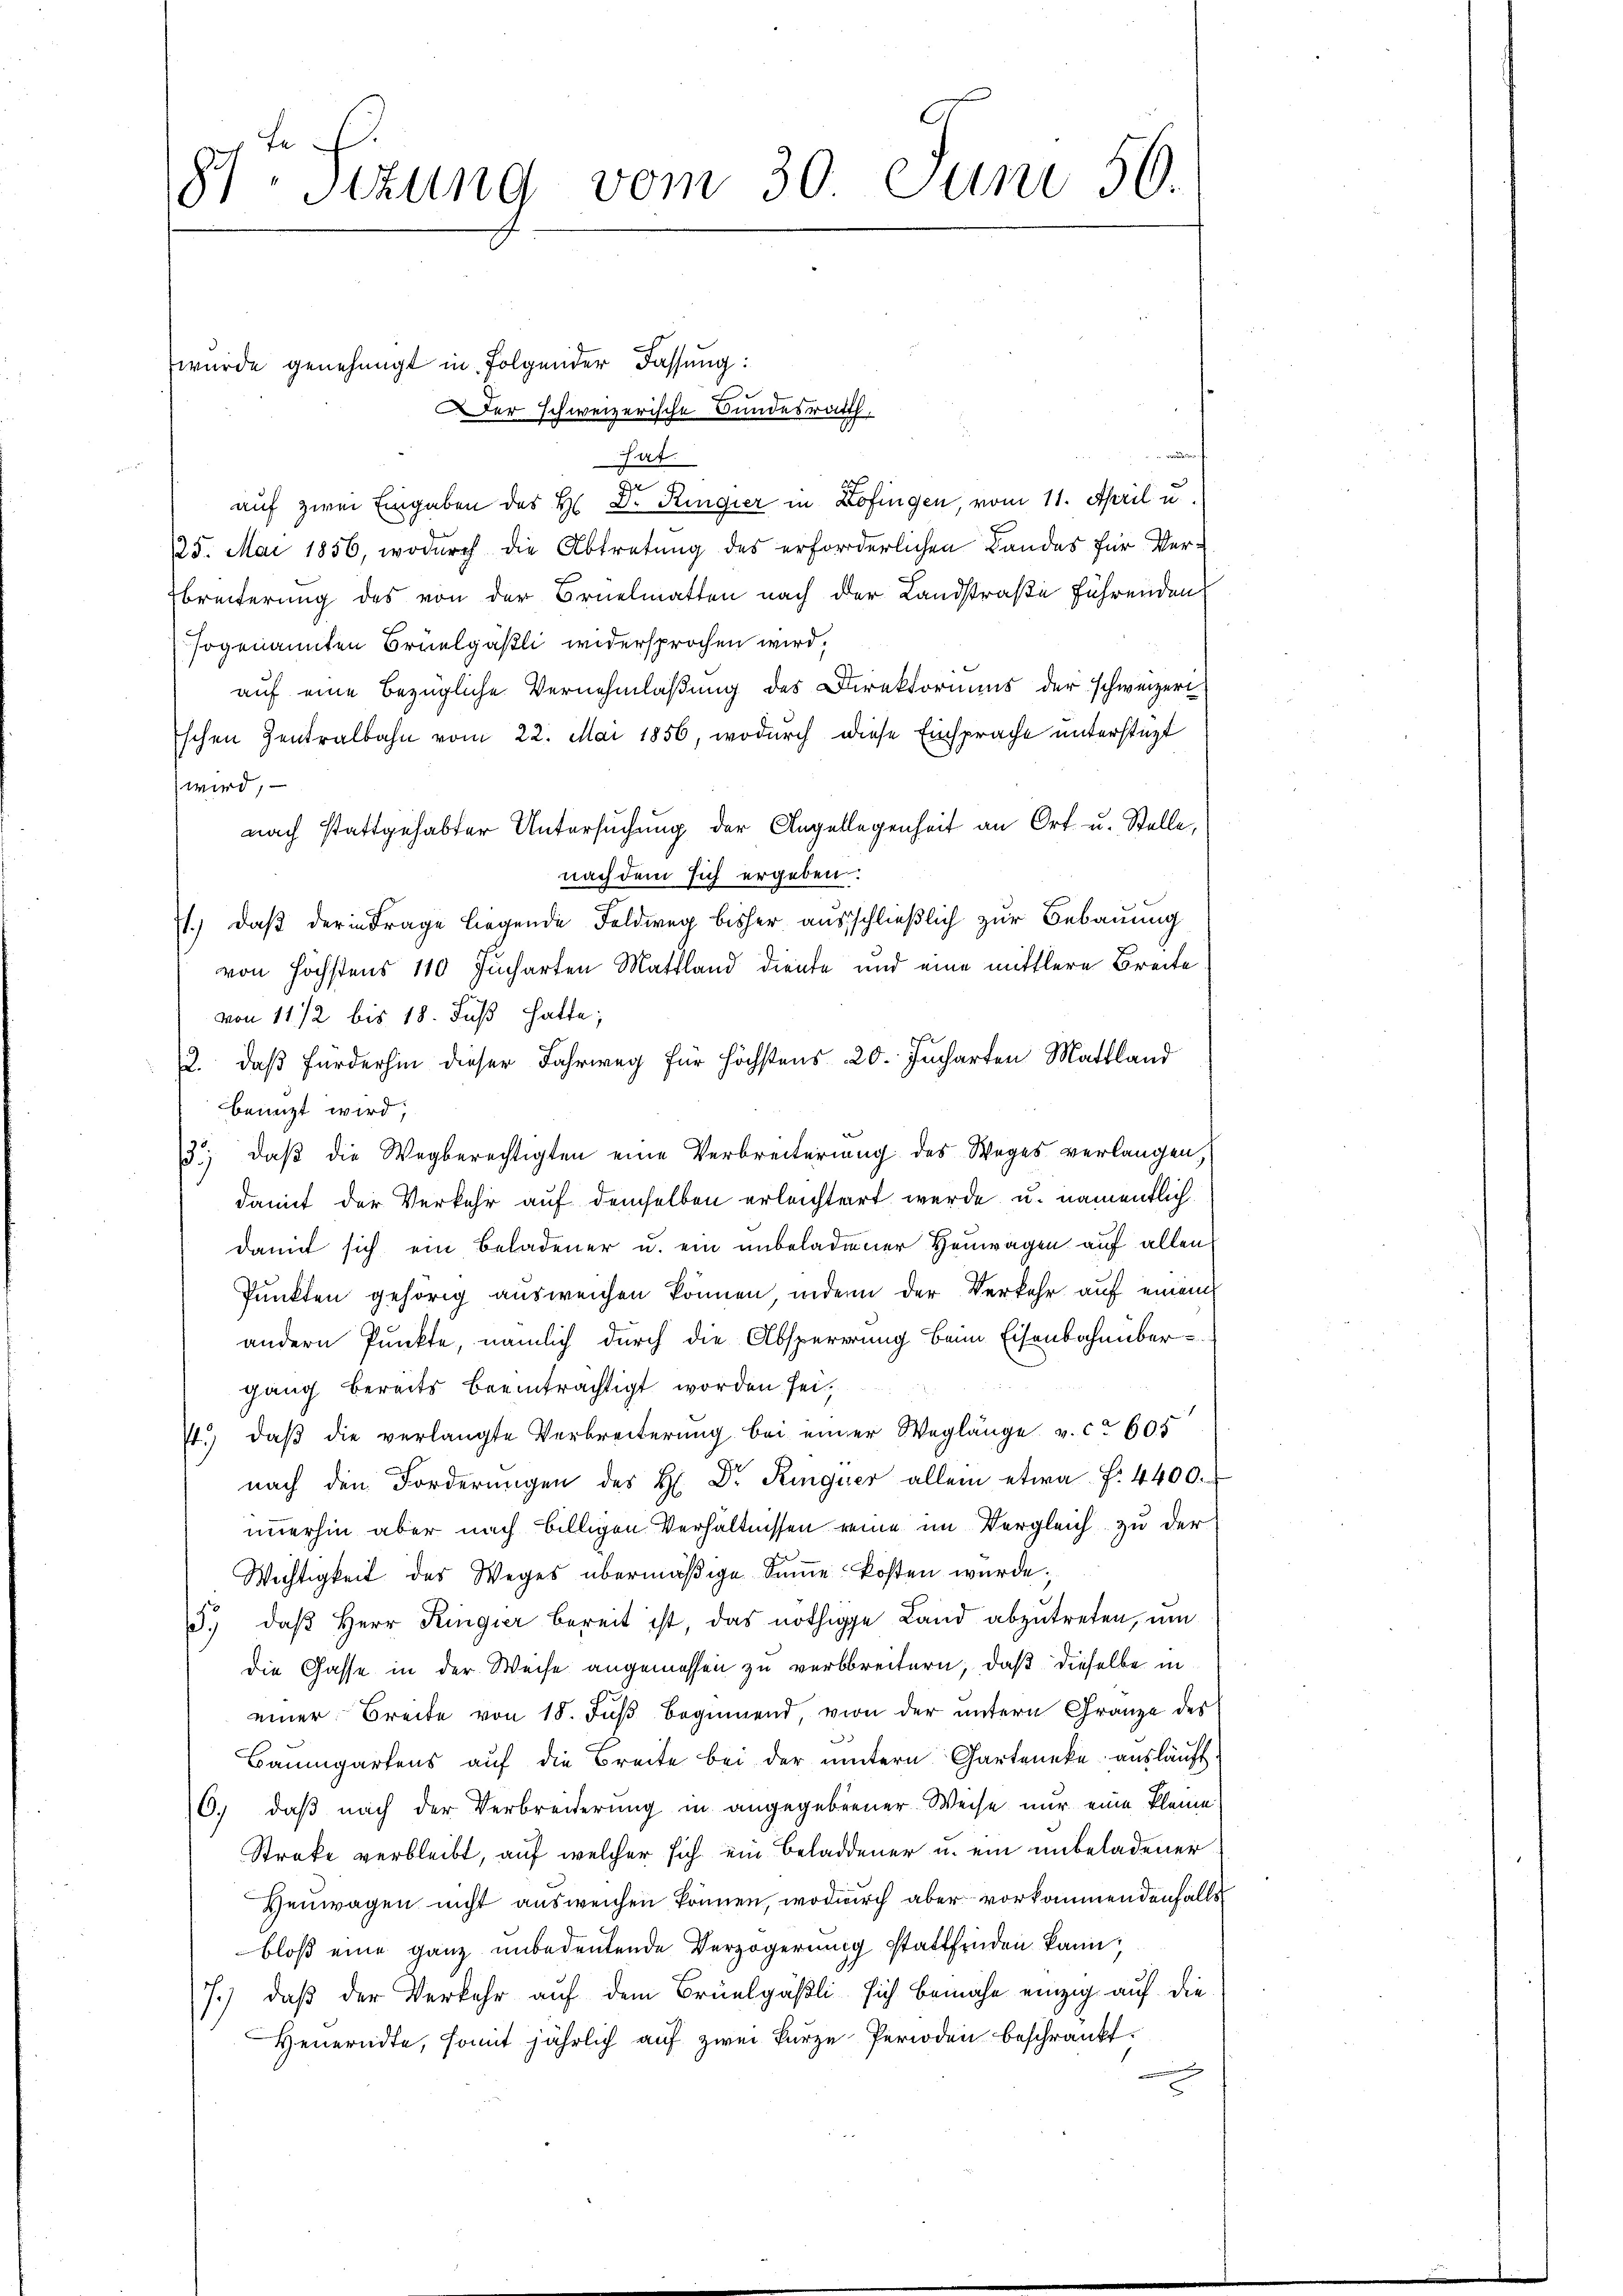
81. Sizung vom 30. Juni 50.

wurde genehmigt in Folgender Fassung:

Der schweizerische Bundesrath,
audern fi
hat.
auf zwei Eingaben des H. Dr. Ringier in Zofingen, vom 11. April u.
125. Mai 1856, wodurch die Abtretung des erforderlichen Landes für Ver-
Breiterung des von der Bruelmatten nach der Landstraße führenden
sogenannten Brüelpäßli widersprochen wird,
auf eine bezügliche Vernehmlaßung des Direktoriums der schweizeri
schen Zentralbahn vom 22. Mai 1856, wodurch diese Einsprache unterstüzt
wird, —
nach stattgehabter Untersuchung der Angellegenheit an Ort u. Stelle,
nach dem sich ergeben:
1.) daß der in Frage liegende Feldweg bisher ausschließlich zur Bebauung
von höchstens 110 Jucharten Mattland diente und eine mittlere Breite
von 11/2 bis 18. Fuß hatte;
2. daß fürderhin dieser Fahrweg für höchstens 20. Jucharten Mattland
benuzt wird,
13., daß die Wegberechtigten eine Verbreiterung des Weges verlangen,
damit der Verkehr auf demselben erleichtert werde, u. namentlich
damit sich ein Beladener u. ein unbeladener Heuwagen auf allen
Punkten gehörig ausweichen können, inden der Verkehr auf einem
andern Punkte, nämlich durch die Absperrung beim Eisenbahnüber-
gang bereits beeinträchtigt worden sei,
.
st.) daß die verlangte Verbreiterung bei einer Weglänge v. ca 605
nach den Forderŭngen des H. Dr. Ringuer allein etwa f. 4400.
immerhin aber nach billigen Verhältnissen reine im Vergleich zu der
Wichtigkeit des Weges übermäßige Summe kosten wurde;
3., daβ Herr Ringier bereit ist, das nöthige Land abzutreten, um
die Gasse in der Weise angemessen zu verbreitern, daß dieselbe in
einer Breite von 18. Fuß beginnend, von der untern Gränze des
Baumgartens auf die Breite bei der untern Garteneke ausläuft
0.) daß nach der Verbreiterung in angegebenner Weise nur eine kleine
Streke verbleibt, auf welcher sich ein Beladener u. ein unbeladener
Heuwagen nicht ausweichen können, wodurch aber vorkommendenfalls
bloß eine ganz unbedeutende Verzögerung stattfinden kann,
7.) daß der Verkehr auf dem Brüelgäßli sich bemahn einzig auf die
Heuerndte, somit jährlich auf zwei kurze Perioden beschränkt.